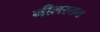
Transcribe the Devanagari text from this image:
नीलरतन